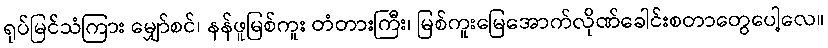
ရုပ်မြင်သံကြား မျှော်စင်၊ နန်ဖူမြစ်ကူး တံတားကြီး၊ မြစ်ကူးမြေအောက်လိုဏ်ခေါင်းစတာတွေပေါ့လေ။